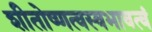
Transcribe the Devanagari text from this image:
शीतोष्णत्वस्वभावत्वं